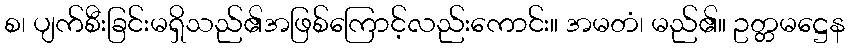
စ၊ ပျက်စီးခြင်းမရှိသည်၏အဖြစ်ကြောင့်လည်းကောင်း။ အမတံ၊ မည်၏။ ဥတ္တမဋ္ဌေန